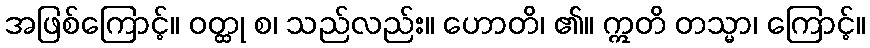
အဖြစ်ကြောင့်။ ဝတ္ထု စ၊ သည်လည်း။ ဟောတိ၊ ၏။ ဣတိ တသ္မာ၊ ကြောင့်။